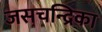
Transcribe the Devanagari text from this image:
जसचन्द्रिका